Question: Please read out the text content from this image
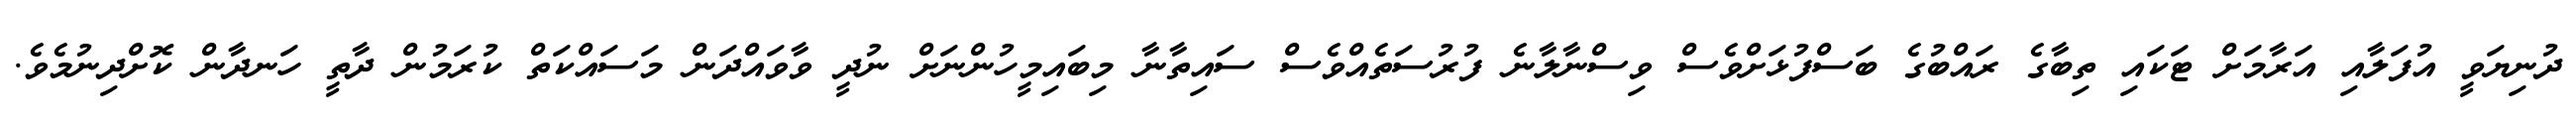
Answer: ދުނިޔަވީ އުފަލާއި އަރާމަށް ޓަކައި ތިބާގެ ރައްބުގެ ބަސްފުޅަށްވެސް ވިސްނާލާނެ ފުރުސަތެއްވެސް ސައިތާނާ މިބައިމީހުންނަށް ނުދީ ވާވައްދަން މަސައްކަތް ކުރަމުން ދާތީ ހަނދާން ކޮށްދިނުމެވެ.